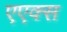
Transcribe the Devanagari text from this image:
एएक्स